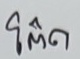
โต๊ด